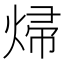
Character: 㷌